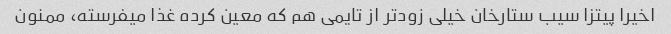
اخیرا پیتزا سیب ستارخان خیلی زودتر از تایمی هم که معین کرده غذا میفرسته، ممنون